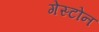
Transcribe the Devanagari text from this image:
गेस्टोन